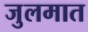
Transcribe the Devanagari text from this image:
जुलमात